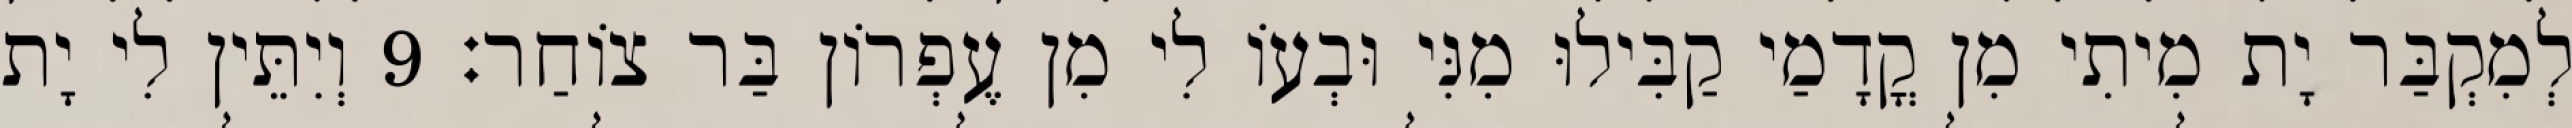
לְמִקְבַּר יָת מִיתִי מִן קֳדָמַי קַבִּילוּ מִנִּי וּבְעוֹ לִי מִן עֶפְרוֹן בַּר צוֹחַר׃ 9 וְיִתֵּין לִי יָת